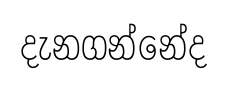
දැනගන්නේද